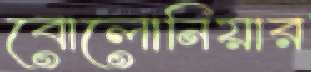
বোলোনিয়ার